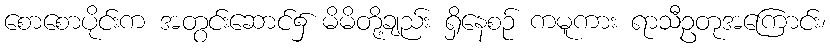
စောစောပိုင်းက အတွင်းဆောင်၌ မိမိတို့ချည်း ရှိနေစဉ် ကမူကား ရာသီဥတုအကြောင်း၊